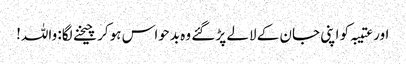
اور عتیبہ کو اپنی جان کے لالے پڑ گئے وہ بدحواس ہو کر چیخنے لگا: واللہ!